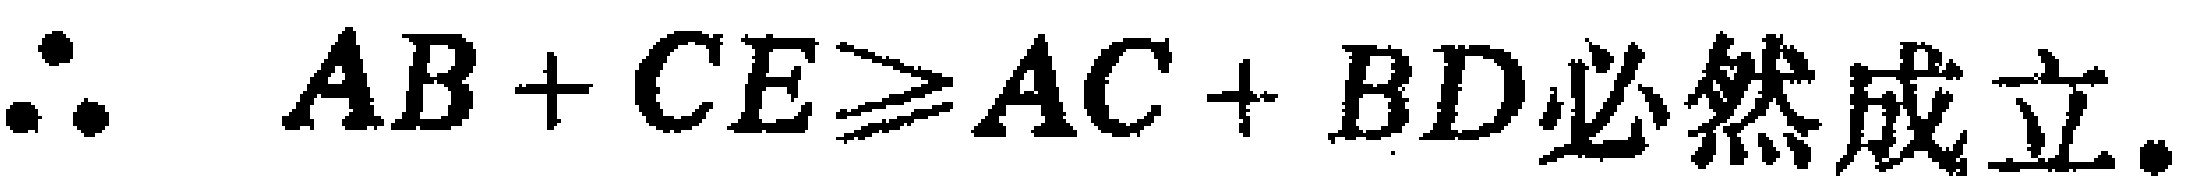
$\therefore\ AB + CE\geqslant AC + BD必然成立.$